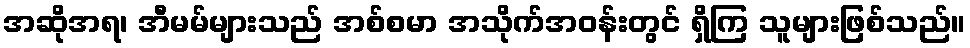
အဆိုအရ၊ အီမမ်များသည် အစ်စမာ အသိုက်အဝန်းတွင် ရှိကြ သူများဖြစ်သည်။